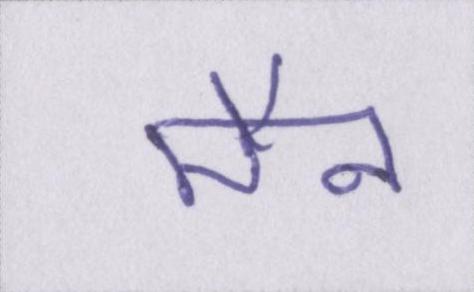
मैन